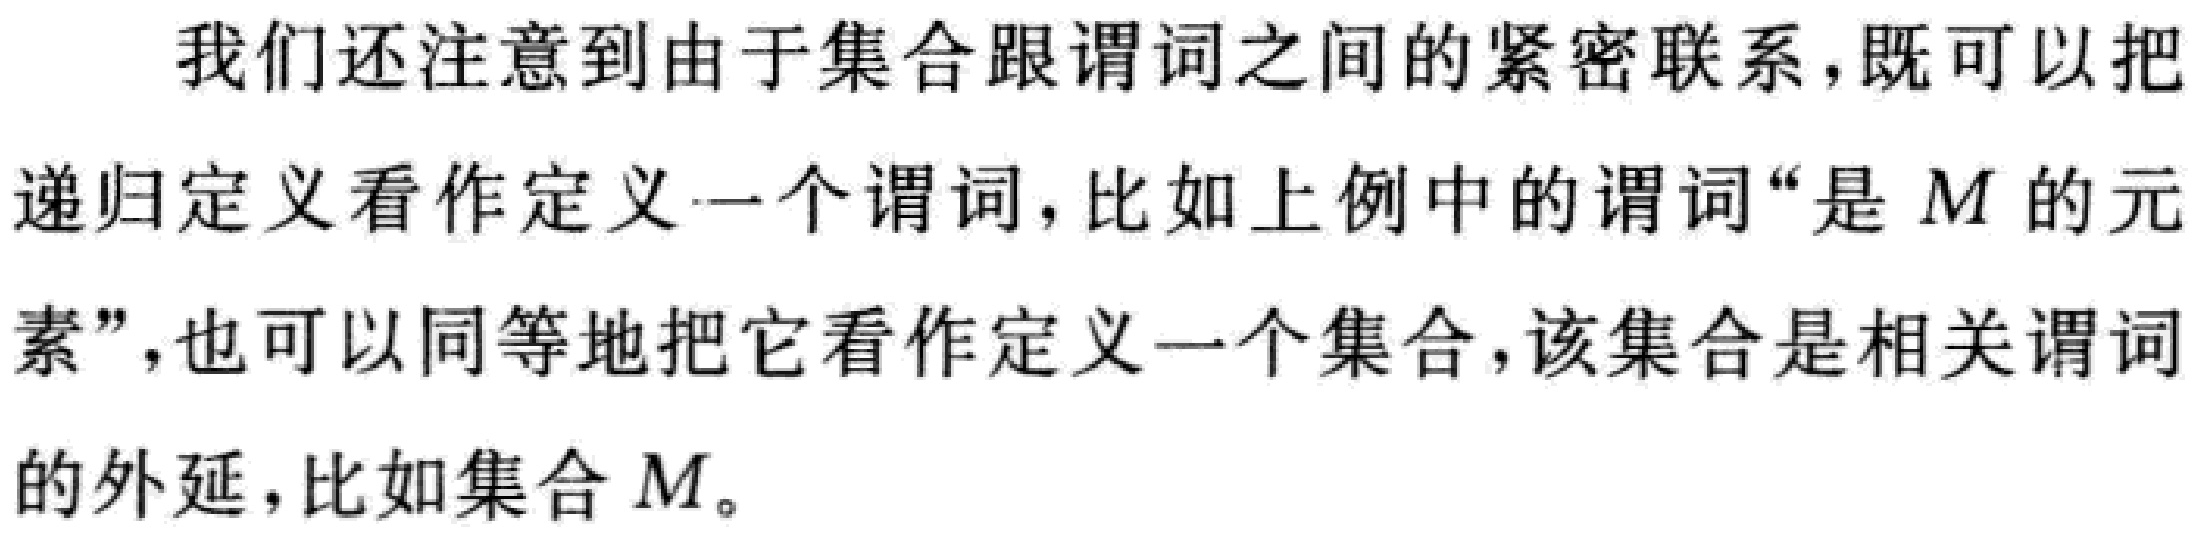
我们还注意到由于集合跟谓词之间的紧密联系，既可以把递归定义看作定义一个谓词，比如上例中的谓词“是 \(M\) 的元素”，也可以同等地把它看作定义一个集合，该集合是相关谓词的外延，比如集合 \(M\)。